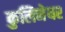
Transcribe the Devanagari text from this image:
कुलिनेयर